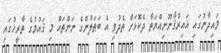
މައިދާނުގައި ޣައިރުޤާނޫނިއްޔަތާ ދެކޮޅަށް ތެދުވި އެ ބަޠަލުންގެ ނަންތައް މި ޤައުމުގެ ތާރީޚުގައި